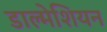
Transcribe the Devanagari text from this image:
डाल्मेशियन